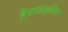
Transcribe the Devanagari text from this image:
हैपाटाइटिस